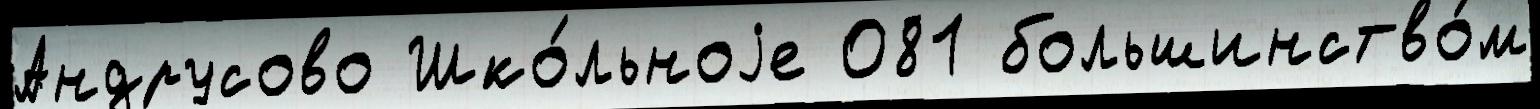
Андрусово Шко́льноjе 081 большинство́м